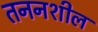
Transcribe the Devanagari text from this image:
तननशील